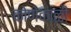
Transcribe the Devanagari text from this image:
कोणेकाळी